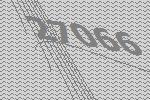
27066